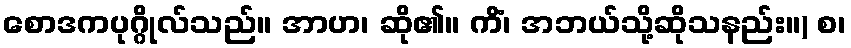
စောဒကပုဂ္ဂိုလ်သည်။ အာဟ၊ ဆို၏။ ကိံ၊ အဘယ်သို့ဆိုသနည်း။) စ၊